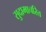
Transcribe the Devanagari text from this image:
सुदामाचरित